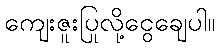
ကျေးဇူးပြုလို့ငွေချေပါ။